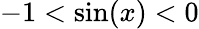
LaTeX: -1<\sin(x)<0